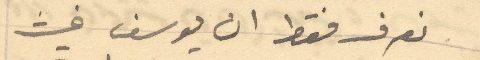
نعرف فقط ان يوسف غيث